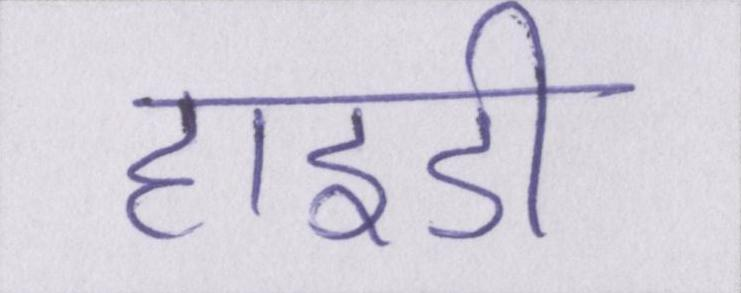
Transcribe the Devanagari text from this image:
हाइडी